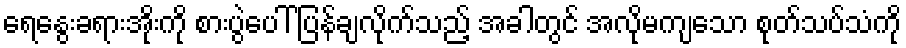
ရေနွေးခရားအိုးကို စားပွဲပေါ် ပြန်ချလိုက်သည့် အခါတွင် အလိုမကျသော စုတ်သပ်သံကို